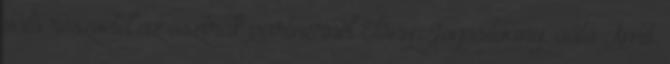
való részvétel az osztrák partnernél Előny: Jogosítvány, autó Amit.